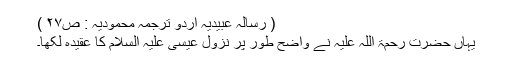
( رسالہ عبیدیہ اردو ترجمہ محمودیہ : ص۲۷ )
یہاں حضرت رحمۃ اللہ علیہ نے واضح طور پر نزول عیسیٰ علیہ السلام کا عقیدہ لکھا۔